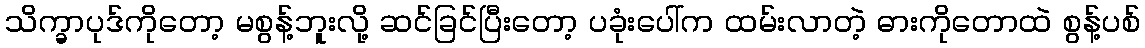
သိက္ခာပုဒ်ကိုတော့ မစွန့်ဘူးလို့ ဆင်ခြင်ပြီးတော့ ပခုံးပေါ်က ထမ်းလာတဲ့ ဓားကိုတောထဲ စွန့်ပစ်